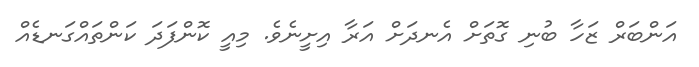
އަންބަރް ޒަހާ ބުނި ގޮތަށް އެނދަށް އަރާ އިށީނެވެ. މިއީ ކޮންފަދަ ކަންތައްގަނޑެއް